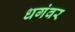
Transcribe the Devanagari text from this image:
धगंवर